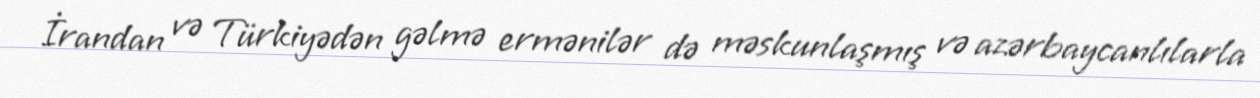
İrandan və Türkiyədən gəlmə ermənilər də məskunlaşmış və azərbaycanlılarla